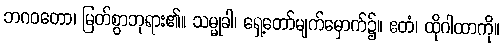
ဘဂဝတော၊ မြတ်စွာဘုရား၏။ သမ္မုခါ၊ ရှေ့တော်မျက်မှောက်၌။ ဧတံ၊ ထိုဂါထာကို။